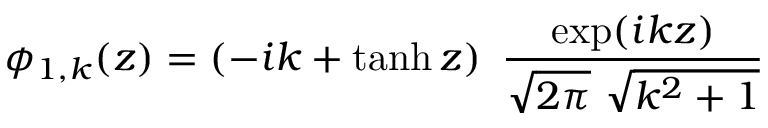
\phi _ { 1 , k } ( z ) = \left( - i k + \operatorname { t a n h } z \right) \ { \frac { \exp ( i k z ) } { \sqrt { 2 \pi } \ \sqrt { k ^ { 2 } + 1 } } }